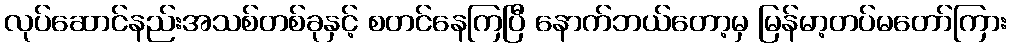
လုပ်ဆောင်နည်းအသစ်တစ်ခုနှင့် စတင်နေကြပြီ နောက်ဘယ်တော့မှ မြန်မာ့တပ်မတော်ကြား